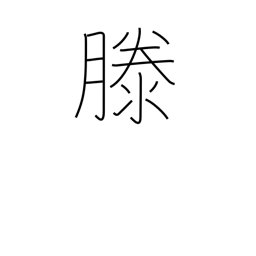
Meaning: rising water